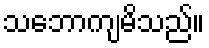
သဘောကျမိသည်။